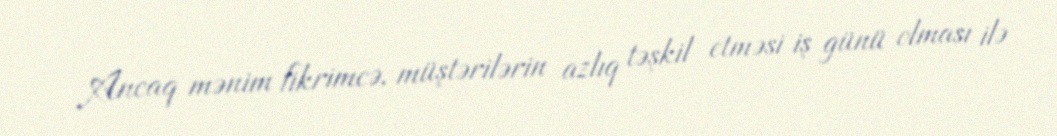
Ancaq mənim fikrimcə, müştərilərin azlıq təşkil etməsi iş günü olması ilə